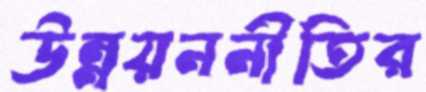
উন্নয়ননীতির